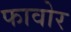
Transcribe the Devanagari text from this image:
फावोर